Indian journal of veterinary science and animal husbandry - Volume 7,
Year: 1937
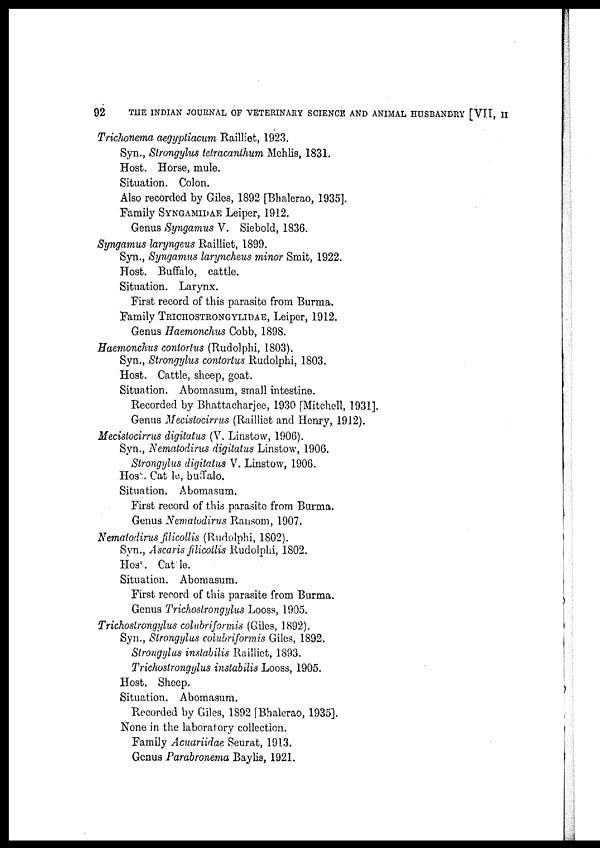
92
THE INDIAN JOURNAL OF VETERINARY SCIENCE AND ANIMAL HUSBANDRY [VII, II
Trichonema aegyptiacum Railliet, 1923.
Syn., Strongylus tetracanlhum Mehlis, 1831.
Host. Horse, mule.
Situation. Colon.
Also recorded by Giles, 1892 [Bhalerao, 1935].
Family SYNGAMIDAE Leiper, 1912.
Genus Syngamus V. Siebold, 1836.
Syngamus laryngeus Railliet, 1899.
Syn., Syngamus laryncheus minor Smit, 1922.
Host. Buffalo, cattle.
Situation. Larynx.
First record of this parasite from Burma.
Family TRICHOSTRONGYLIDAE, Leiper, 1912.
Genus Haemonchus Cobb, 1898.
Haemonchus contortus (Rudolphi, 1803).
Syn., Strongylus contortus Rudolphi, 1803.
Host. Cattle, sheep, goat.
Situation. Abomasum, small intestine.
Recorded by Bhattacharjee, 1930 [Mitchell, 1931].
Genus Mecistocirrus (Railliet and Henry, 1912).
Mecistocirrus digitatus (V. Linstow, 1906).
Syn., Nematodirus digitatus Linstow, 1906.
Strongylus digitatus V. Linstow, 1906.
Hos . Cat le, buffalo.
Situation. Abomasum.
First record of this parasite from Burma.
Genus Nematodirus Ransom, 1907.
Nematodirus filicollis (Rudolphi, 1802).
Syn., Ascaris filicollis Rudolphi, 1802.
Host. Cattle.
Situation. Abomasum.
First record of this parasite from Burma.
Genus Trichostrongylus Looss, 1905.
Trichostrongylus colubriformis (Giles, 1892).
Syn., Strongylus colubriformis Giles, 1892.
Strongylus inslabilis Railliet, 1893.
Trichostrongylus instabilis Looss, 1905.
Host. Sheep.
Situation. Abomasum.
Recorded by Giles, 1892 [Bhalerao, 1935].
None in the laboratory collection.
Family Acuariidae Seurat, 1913.
Genus Parabronema Baylis, 1921.